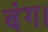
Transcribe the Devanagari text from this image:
बंग।